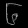
Digit: ၆